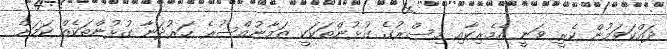
ދައްކަވަމުން ކެރީ ވަނީ އެމެރިކާއި މިސްރުގެ ގުޅުންތަކަކީ ޒަމާނުއްސުރެ ހަރުދަނާ ގުޅުންތަކެއް ކަމަށް